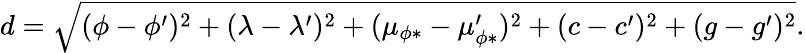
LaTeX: d=\sqrt{(\phi-\phi^{\prime})^{2}+(\lambda-\lambda^{\prime})^{2}+(\mu_{\phi*}-\mu_{\phi*}^{\prime})^{2}+(c-c^{\prime})^{2}+(g-g^{\prime})^{2}}.